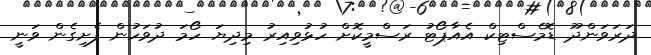
ދަރަވަންދޫ ޑޮމެސްޓިކް އެއާޕޯޓު ރަސްމީކޮށް ހުޅުވިއިރު މިދިޔަ ހޯމަ ދުވަހުން ފެށިގެން ވަނީ